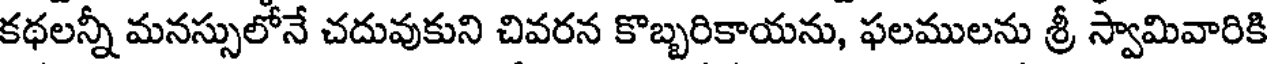
కథలన్నీ మనస్సులోనే చదువుకుని చివరన కొబ్బరికాయను, ఫలములను శ్రీ స్వామివారికి